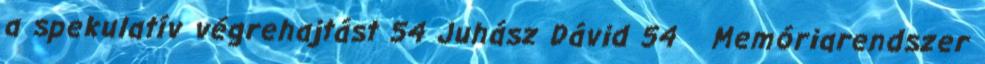
a spekulatív végrehajtást 54 Juhász Dávid 54 Memóriarendszer